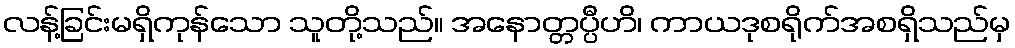
လန့်ခြင်းမရှိကုန်သော သူတို့သည်။ အနောတ္တပ္ပီဟိ၊ ကာယဒုစရိုက်အစရှိသည်မှ